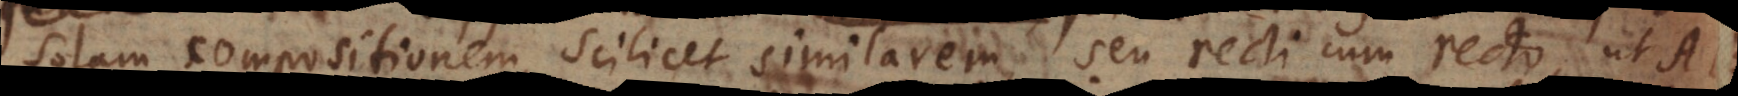
solam compositionem, scilicet similarem, seu recti cum recto, ut AB,